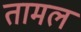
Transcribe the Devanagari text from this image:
तामल